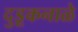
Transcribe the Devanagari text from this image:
दुडूकनाळे